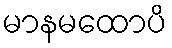
မာနမထောပိ